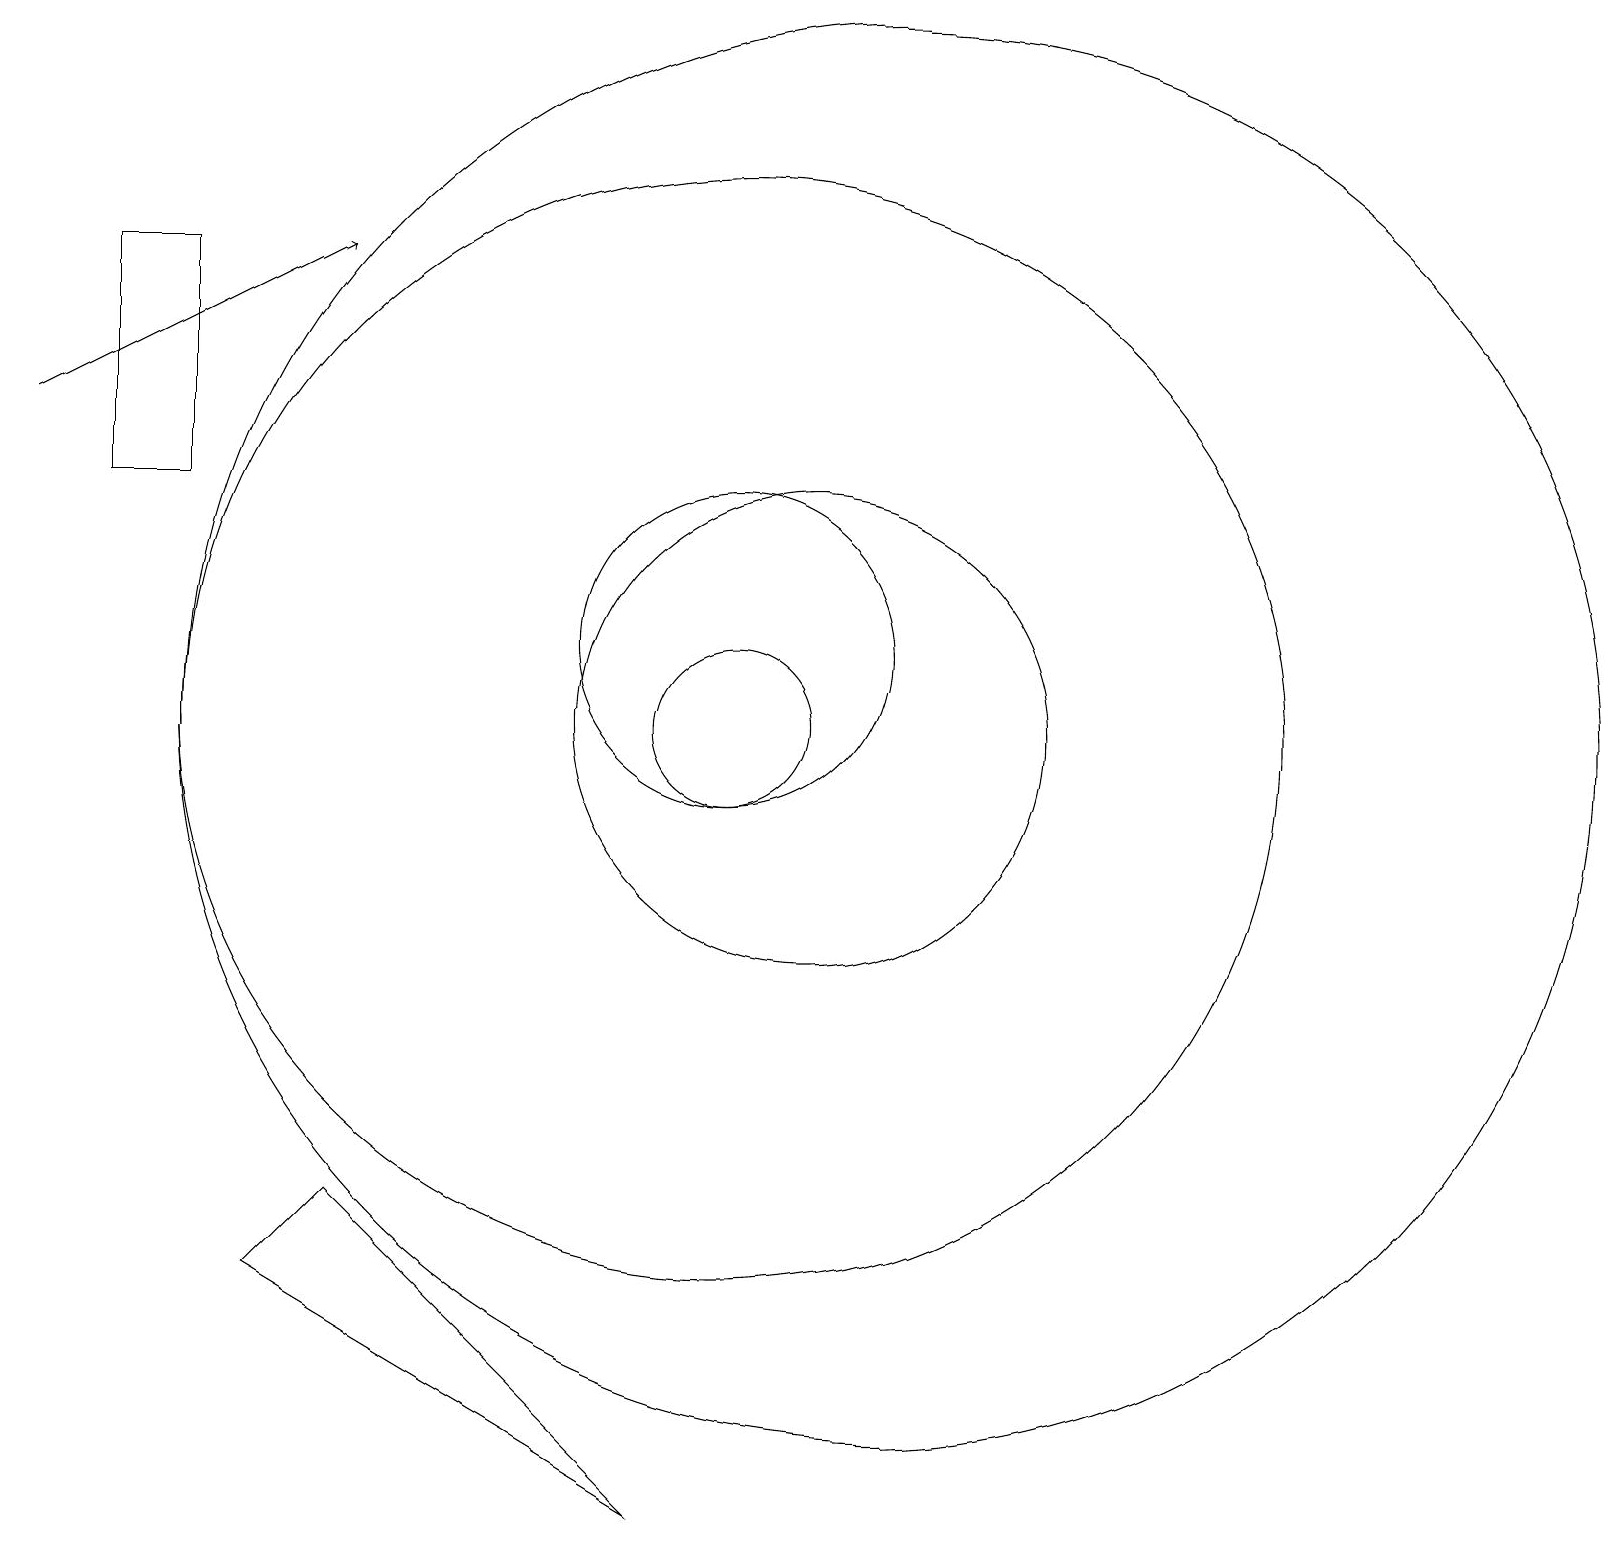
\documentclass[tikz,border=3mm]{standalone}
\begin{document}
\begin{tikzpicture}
\draw (5,4) -- (9,0) -- (4,3) -- cycle;
\draw (12,10) circle (9);
\draw (11,10) circle (3);
\draw[->] (1,14) -- (5,16);
\draw (2,16) rectangle (3,13);
\draw (10,10) circle (1);
\draw (10,11) circle (2);
\draw (10,10) circle (7);
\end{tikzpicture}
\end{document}